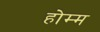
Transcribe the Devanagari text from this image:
होम्म